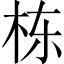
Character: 栋